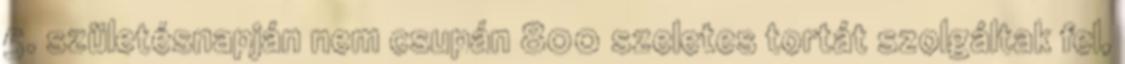
5. születésnapján nem csupán 800 szeletes tortát szolgáltak fel,